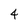
Character: 4